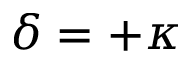
\delta = + \kappa